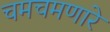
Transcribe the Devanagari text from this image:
चमचमणारे